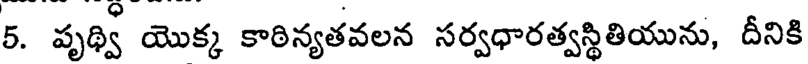
5. పృథ్వి యొక్క కాఠిన్యతవలన సర్వధారత్వస్థితియును, దీనికి